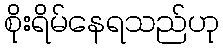
စိုးရိမ်နေရသည်ဟု